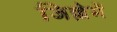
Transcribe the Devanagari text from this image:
जिल्लेमें